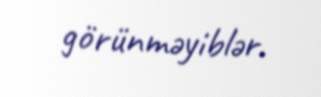
görünməyiblər.